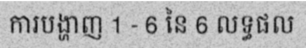
ការបង្ហាញ 1 - 6 នៃ 6 លទ្ធផល